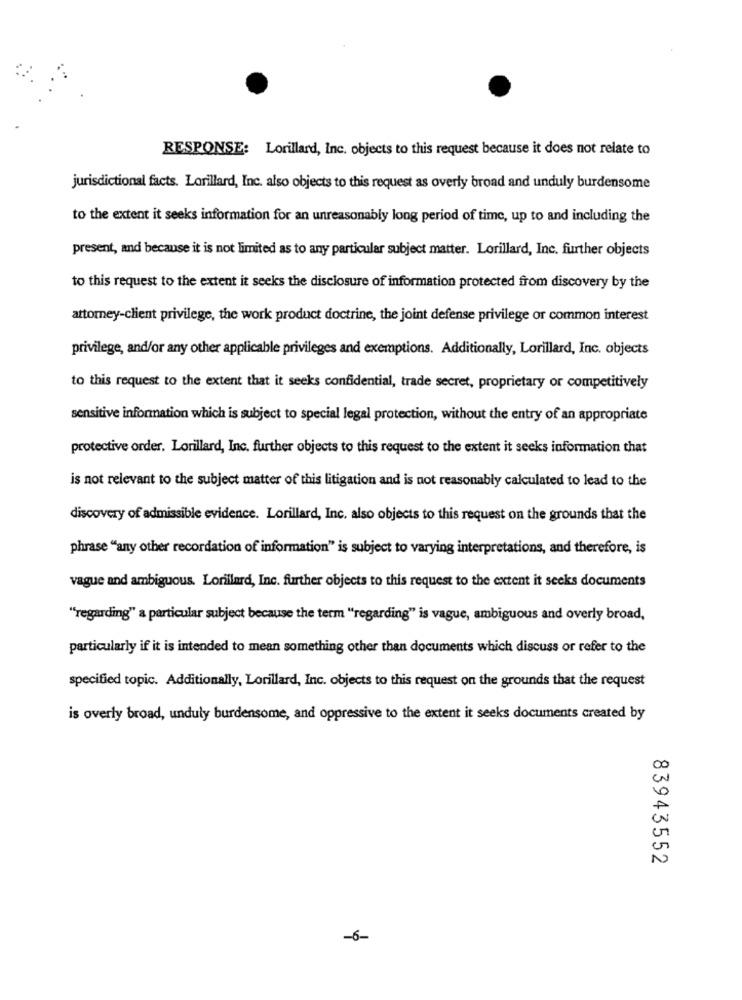
RESPONSE: Lorillard, Inc, objects to this request because it does not relate to
jurisdictional facts. Lorillard, Inc. also objects to this request as overly broad and unduly burdensome
to the extent it seeks information for an unreasonably long period of time, up to and including the
present, and because it is not limited as to any particular subject matter. Lorillard, Inc. further objects
to this request to the extent it seeks the disclosure of information protected from discovery by the
attorney-client privilege, the work product doctrine, the joint defense privilege or common interest
privilege, and/or any other applicable privileges and exemptions. Additionally, Lorillard, Inc. objects
to this request to the extent that it seeks confidential, trade secret, proprietary or competitively
sensitive information which is subject to special legal protection, without the entry of an appropriate
protective order. Lorillard, Inc. further objects to this request to the extent it seeks information that
is not relevant to the subject matter of this litigation and is not reasonably calculated to lead to the
discovery of admissible evidence. Lorillard, Inc. also objects to this request on the grounds that the
phrase "any other recordation of information" is subject to varying interpretations, and therefore, is
vague and ambiguous. Lorillard, Inc. further objects to this request to the extent it seeks documents
"regarding" a particular subject because the term "regarding" is vague, ambiguous and overly broad,
particularly if it is intended to mean something other than documents which discuss or refer to the
specified topic. Additionally, Lorillard, Inc. objects to this request on the grounds that the request
is overly broad, unduly burdensome, and oppressive to the extent it seeks documents created by
83943552
-6-